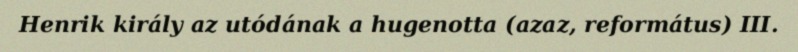
Henrik király az utódának a hugenotta (azaz, református) III.